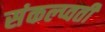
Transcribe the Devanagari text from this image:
संकल्प्वती